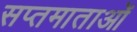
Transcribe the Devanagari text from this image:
सप्तमाताओं